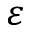
\protect \varepsilon